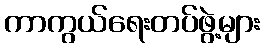
ကာကွယ်ရေးတပ်ဖွဲ့များ